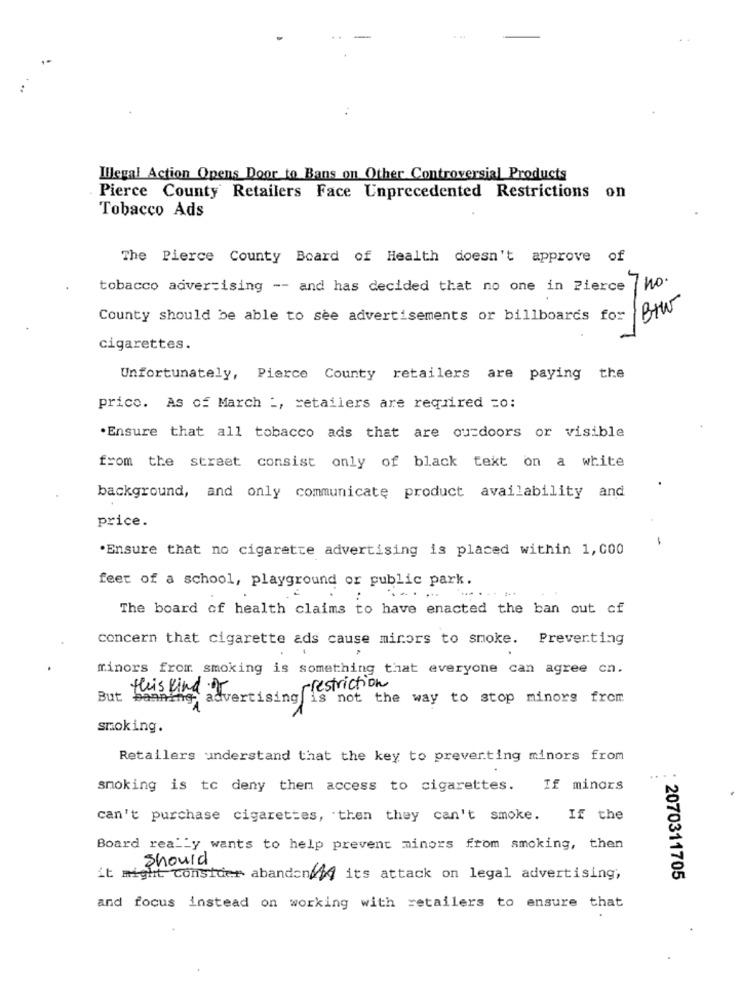
Illegal Action Opens Door to Bans on Other Controversial Products
Pierce County Retailers Face Unprecedented Restrictions on
Tobacco Ads
The Pierce County Board of Health doesn't approve of
Ino.
tobacco advertising -- and has decided that no one in Pierce
Btw
County should be able to see advertisements or billboards for
cigarettes.
Unfortunately, Pierce County retailers are paying the
prico. As of March :, retailers are required =0:
.Ensure that all tobacco ads that are ou=doors or visible
from the street consist only of black text on a white
background, and only communicate product availability and
price.
-
.Ensure that no cigarette advertising is placed within 1, 000
feet of a school, playground or public park.
... .
The board of health claims to have enacted the ban out of
concern that cigarette ads cause minors to smoke. Preverting
minors from smoking is something that everyone can agree cn.
rrestriction
this Kind of
But
banning, advertising is not the way to stop minors from
smoking.
Retailers understand that the key to preverting minors from
..
smoking is to deny then access to cigarettes.
If minors
can't purchase cigarettes, then they can't smoke.
If the
Board really wants to help prevent minors from smoking, then
should
it might consider abandono its attack on legal advertising,
: 2070311705
and focus instead on working with retailers to ensure that
.